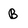
Character: b